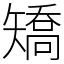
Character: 矯